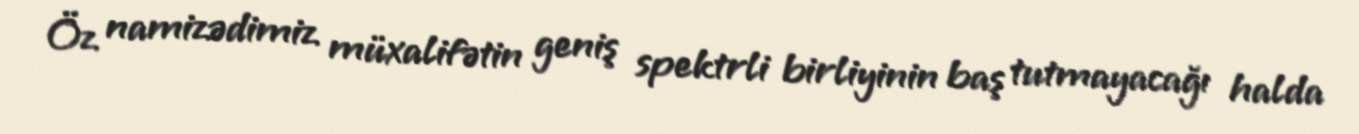
Öz namizədimiz müxalifətin geniş spektrli birliyinin baş tutmayacağı halda